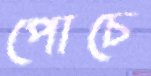
পোচে